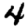
Digit: 4